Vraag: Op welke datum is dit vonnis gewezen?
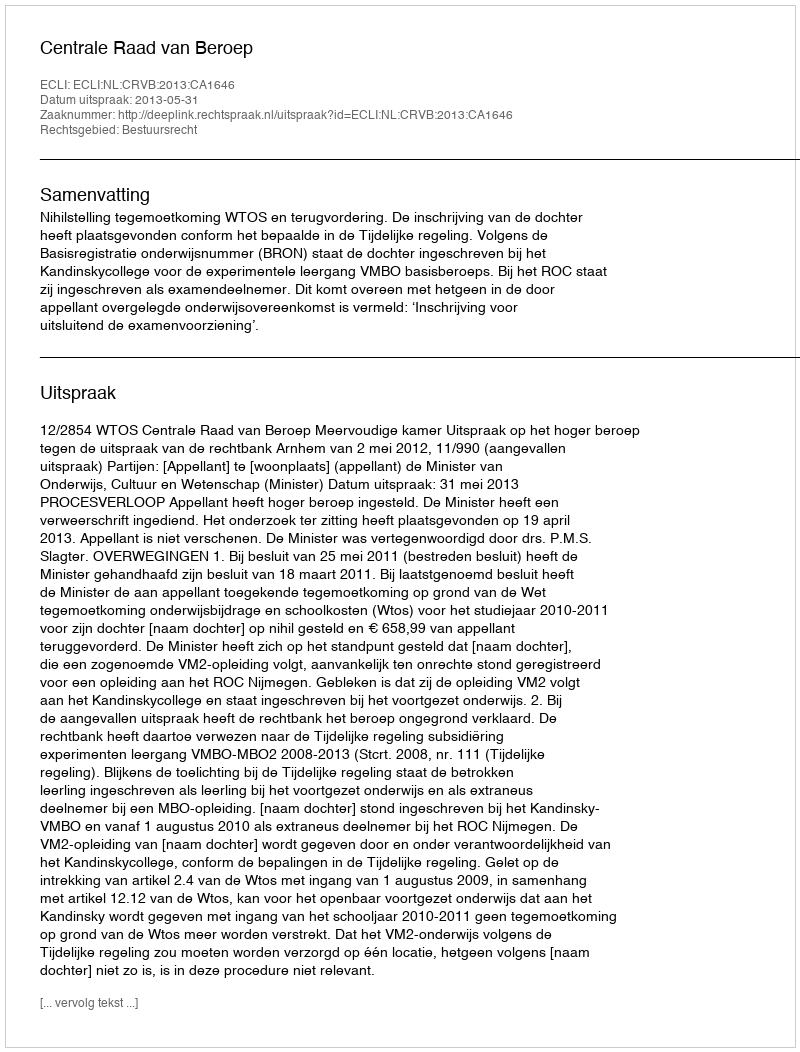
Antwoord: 2013-05-31